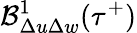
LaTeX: \mathcal{B}_{\Delta u\Delta w}^{1}(\tau^{+})